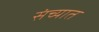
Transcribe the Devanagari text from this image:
संच्यात